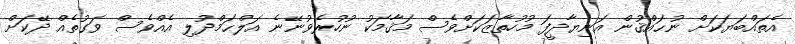
އެތައްބަޔަކަށް ނުޙައްޤުން އަނިޔާދީފަ މުހުތާޒަކަށްވެސް މަޤާމަކު ނުހުރެވުނޭނެ އަލްޙަމްދުލި އެއްވެސް ވަގުތެއް ދޭކަށް